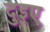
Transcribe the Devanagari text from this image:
दुइए